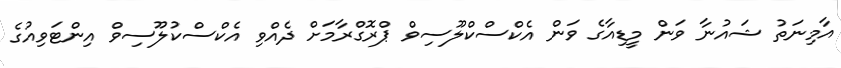
އާމިނަތު ޝައުނާ ވަން މީޑިއާގެ ވަން އެކްސްކްލޫސިވް ޕްރޮގްރާމަށް ދެއްވި އެކްސްކުލޫސިވް އިންޓަވިއުގެ